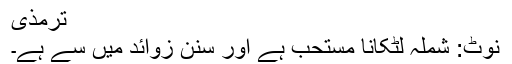
ترمذی
نوٹ: شملہ لٹکانا مستحب ہے اور سنن زوائد میں سے ہے۔